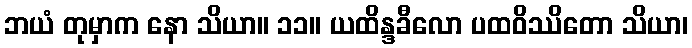
ဘယံ တုမှာက နော သိယာ။ ၁၁။ ယထိန္ဒခီလော ပထဝိဿိတော သိယာ၊